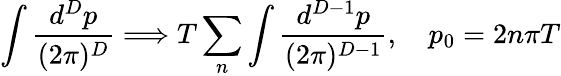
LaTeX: \int\frac{d^{D}p}{(2\pi)^{D}}\Longrightarrow T\sum_{n}\int\frac{d^{D-1}p}{(2\pi)^{D-1}},\quad p_{0}=2n\pi T